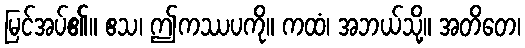
မြင်အပ်၏။ ဧသ၊ ဤကဿပကို။ ကထံ၊ အဘယ်သို့။ အတိတေ၊